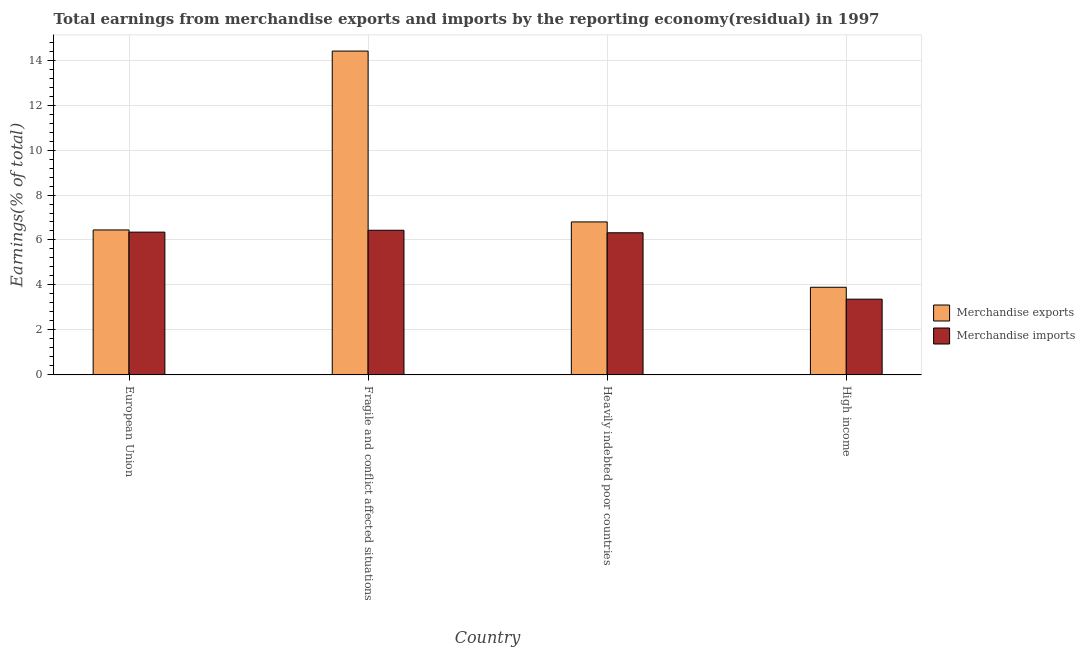
| Country | Merchandise exports | Merchandise imports |
 | --- | --- | --- |
 | European Union | 6.45 | 6.35 |
 | Fragile and conflict affected situations | 14.4 | 6.43 |
 | Heavily indebted poor countries | 6.8 | 6.32 |
 | High income | 3.9 | 3.37 |